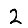
Digit: 2